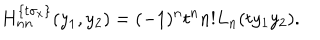
LaTeX: H _ { n n } ^ { \{ t \sigma _ { x } \} } ( y _ { 1 } , y _ { 2 } ) = ( - 1 ) ^ { n } t ^ { n } n ! L _ { n } ( t y _ { 1 } y _ { 2 } ) .